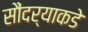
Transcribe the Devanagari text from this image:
सौंदर्‍याकडे